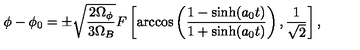
\phi - \phi _ { 0 } = \pm \sqrt { \frac { 2 \Omega _ { \phi } } { 3 \Omega _ { B } } } F \left[ \arccos \left( \frac { 1 - \sinh ( a _ { 0 } t ) } { 1 + \sinh ( a _ { 0 } t ) } \right) , \frac { 1 } { \sqrt { 2 } } \right] ,